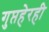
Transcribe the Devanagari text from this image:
गुप्तहेरही